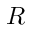
R